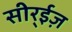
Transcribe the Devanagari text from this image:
सीर्‍ईज़